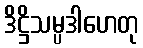
ဒိဋ္ဌိသမ္ပဒါဟေတု